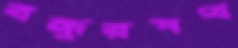
বন্ধুরপথ